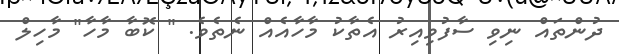
ދުންތައް ނިވި ސާފުވިއިރު އެތާކު މާހާއެއް ނެތެވެ. " ކޮބާ މާހާ" މާހިލް